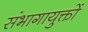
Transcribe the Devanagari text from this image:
संभागायुक्तों